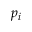
p _ { i }